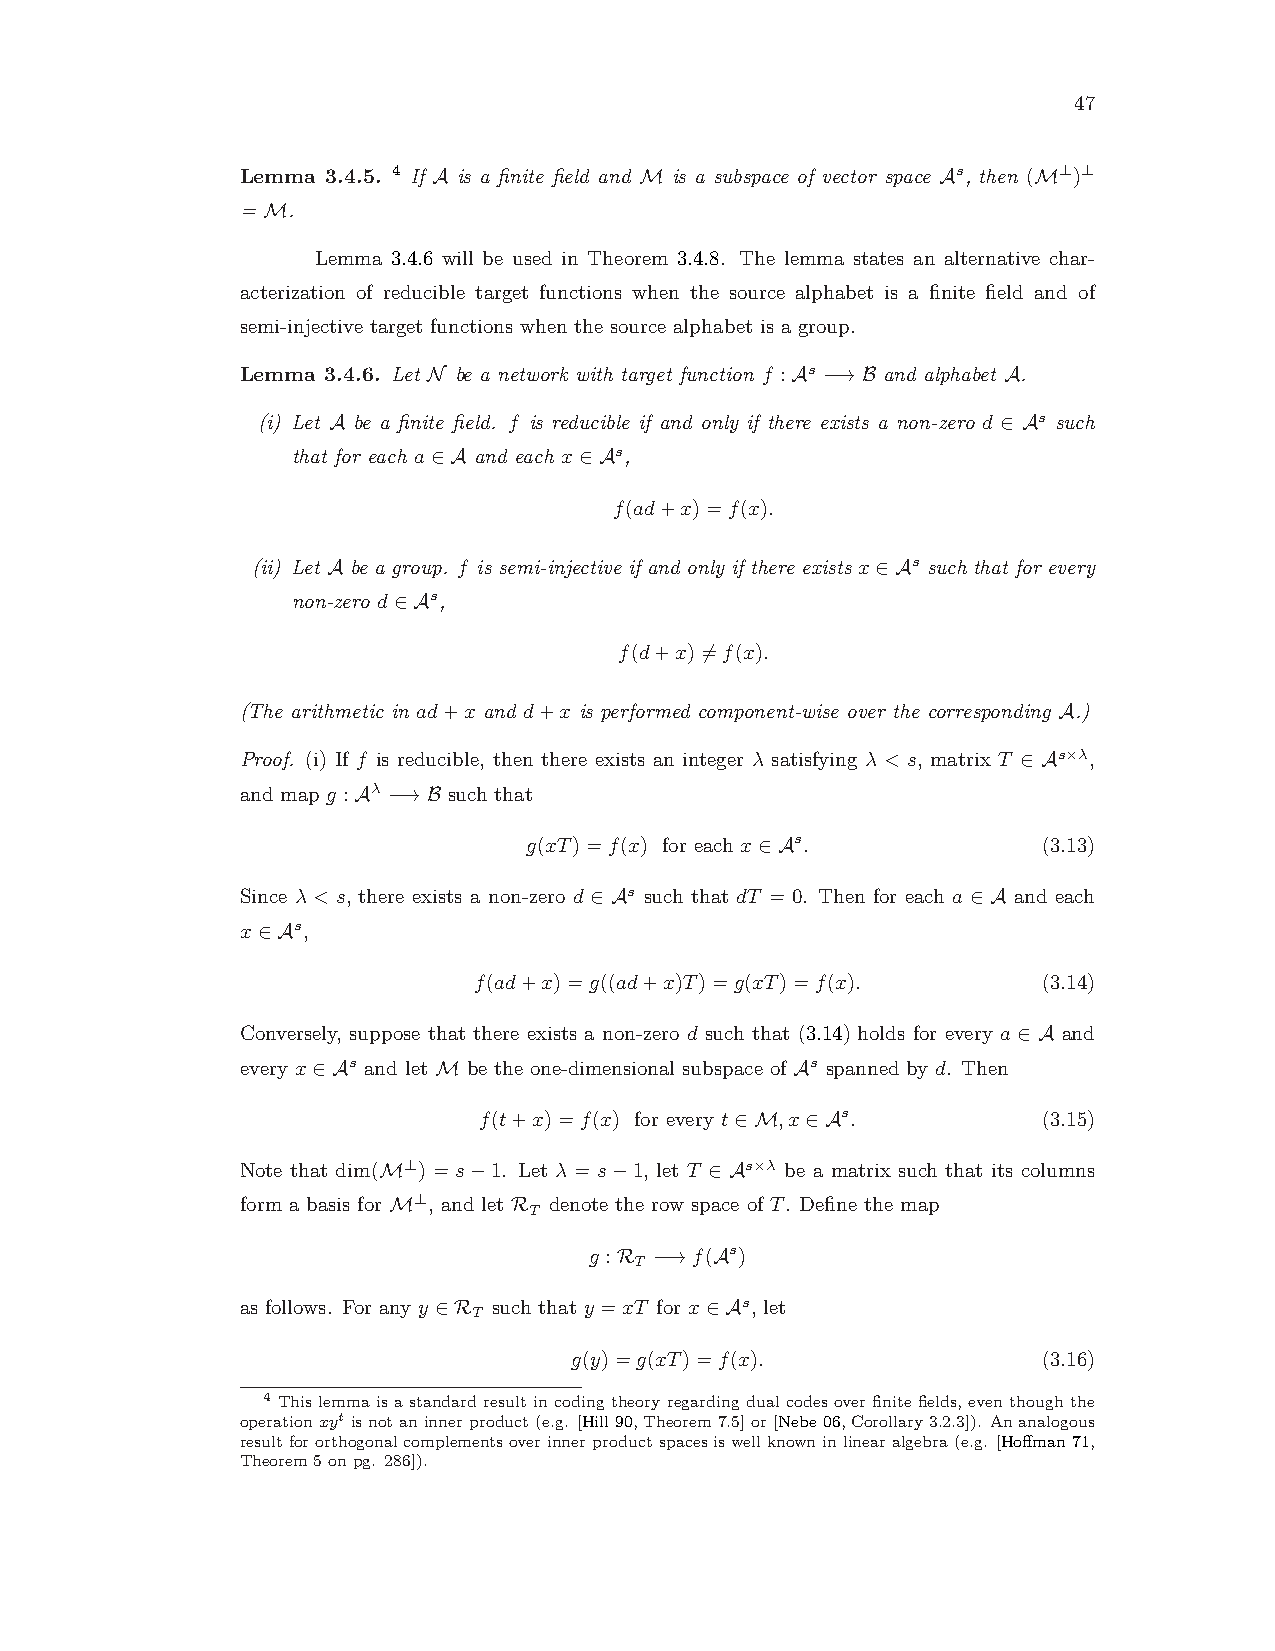
47
 Lemma 3.4.5. 4 If A is a finite field and M is a subspace of vector space As, then (M⊥)⊥
 = M.
 Lemma 3.4.6 will be used in Theorem 3.4.8. The lemma states an alternative char-
 acterization of reducible target functions when the source alphabet is a finite field and of
 semi-injective target functions when the source alphabet is a group.
 Lemma 3.4.6. Let N be a network with target function f :As −→B and alphabet A.
 (i) Let A be a finite field. f is reducible if and only if there exists a non-zero d ∈ As such
 that for each a∈A and each x∈As,
 f(ad+x)=f(x).
 (ii) Let A be a group. f is semi-injective if and only if there exists x∈As such that for every
 non-zero d∈As,
 f(d+x)6=f(x).
 (The arithmetic in ad+x and d+x is performed component-wise over the corresponding A.)
 Proof. (i) If f is reducible, then there exists an integer λ satisfying λ < s, matrix T ∈ As×λ,
 and map g :Aλ −→B such that
 g(xT)=f(x) for each x∈As.         (3.13)
 Since λ < s, there exists a non-zero d ∈ As such that dT = 0. Then for each a ∈ A and each
 x∈As,
 f(ad+x)=g((ad+x)T)=g(xT)=f(x).        (3.14)
 Conversely, suppose that there exists a non-zero d such that (3.14) holds for every a ∈ A and
 every x∈As and let M be the one-dimensional subspace of As spanned by d. Then
 f(t+x)=f(x) for every t∈M,x∈As.      (3.15)
 Note that dim(M⊥) = s−1. Let λ = s−1, let T ∈ As×λ be a matrix such that its columns
 form a basis for M⊥, and let R denote the row space of T. Define the map
 T
 g :R −→f(As)
 T
 as follows. For any y ∈R such that y =xT for x∈As, let
 T
 g(y)=g(xT)=f(x).               (3.16)
 4 This lemma is a standard result in coding theory regarding dual codes over finite fields, even though the
 operationxyt isnotaninnerproduct(e.g. [Hill90,Theorem7.5]or[Nebe06,Corollary3.2.3]). Ananalogous
 resultfororthogonalcomplementsoverinnerproductspacesiswellknowninlinearalgebra(e.g. [Hoffman71,
 Theorem5onpg. 286]).